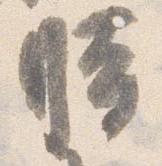
時